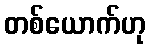
တစ်ယောက်ဟု